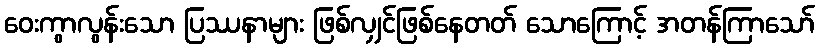
ဝေးကွာလွန်းသော ပြဿနာများ ဖြစ်လျှင်ဖြစ်နေတတ် သောကြောင့် အတန်ကြာသော်